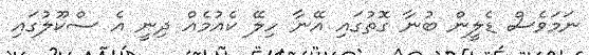
ނަމަވެސް ޑެލީން ބުނާ ގޮތުގައި އޭނާ ހިލޭ ކެއުމެއް ދިނީ އެ ސްކޫލުގައި